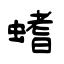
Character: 螧